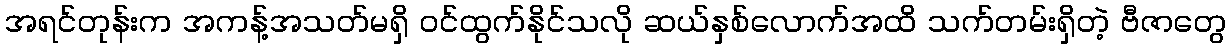
အရင်တုန်းက အကန့်အသတ်မရှိ ဝင်ထွက်နိုင်သလို ဆယ်နှစ်လောက်အထိ သက်တမ်းရှိတဲ့ ဗီဇာတွေ